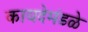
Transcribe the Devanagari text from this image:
कायदेमंडळे